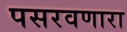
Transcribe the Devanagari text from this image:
पसरवणारा